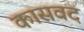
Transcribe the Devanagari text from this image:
कासवद